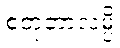
စတုတာလမ္ပိ